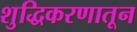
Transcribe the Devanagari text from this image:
शुद्धिकरणातून